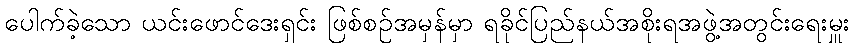
ပေါက်ခဲ့သော ယင်းဖောင်ဒေးရှင်း ဖြစ်စဉ်အမှန်မှာ ရခိုင်ပြည်နယ်အစိုးရအဖွဲ့အတွင်းရေးမှူး